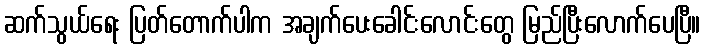
ဆက်သွယ်ရေး ပြတ်တောက်ပါက အချက်ပေးခေါင်းလောင်းတွေ မြည်ပြီးလောက်ပေပြီ။